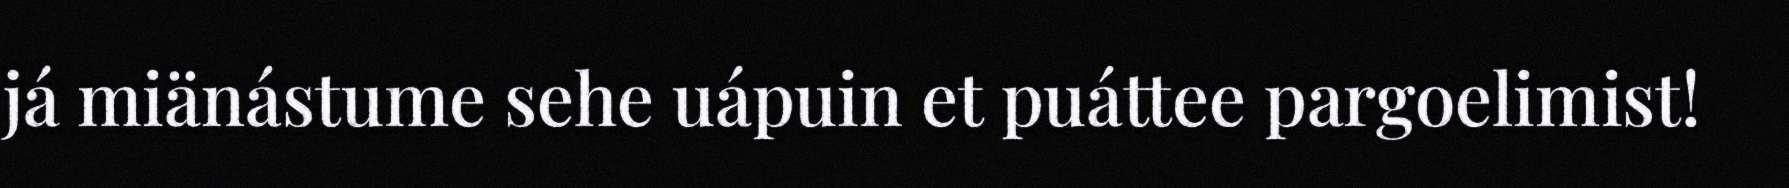
já miänástume sehe uápuin et puáttee pargoelimist!